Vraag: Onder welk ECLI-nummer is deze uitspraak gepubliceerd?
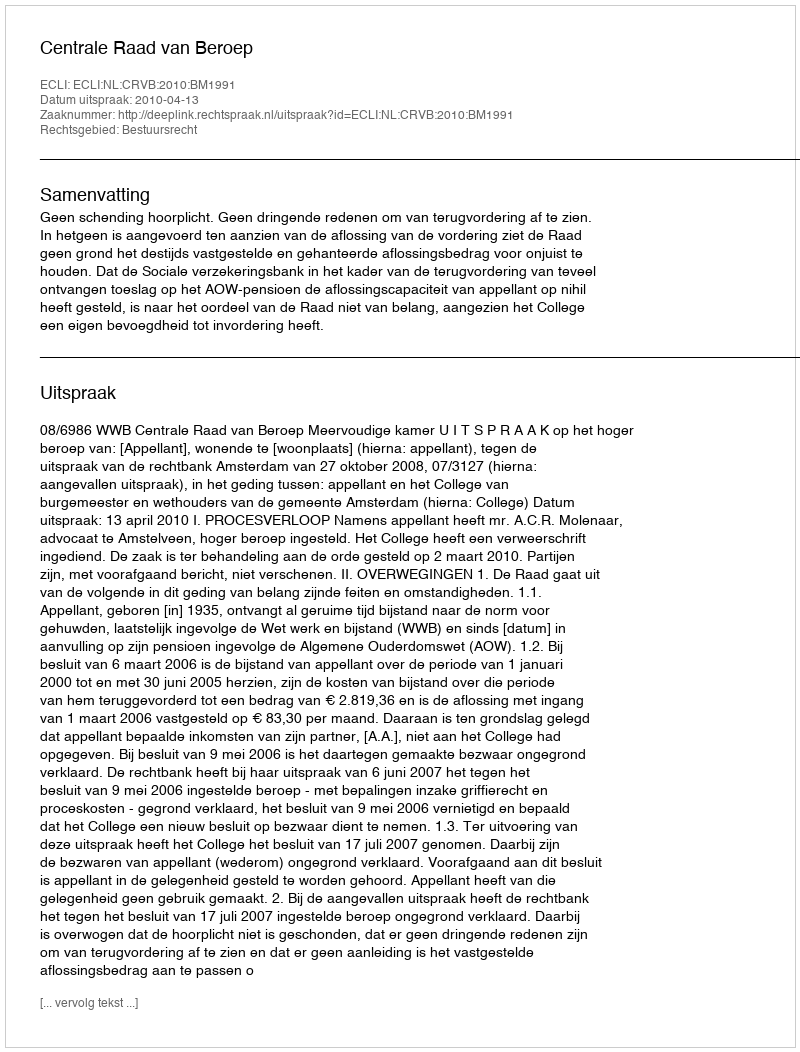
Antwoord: ECLI:NL:CRVB:2010:BM1991